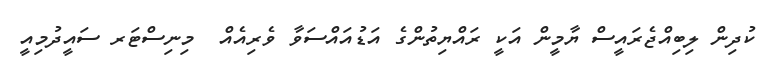
ކުދިން ލިބިއްޖެރައީސް ޔާމީން އަކީ ރައްޔިތުންގެ އަޑުއައްސަވާ ވެރިއެއް  މިނިސްޓަރ ސައީދުމިއީ